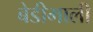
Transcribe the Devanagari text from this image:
बेडीमाली